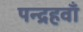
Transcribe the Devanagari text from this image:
पन्द्रहवाँ